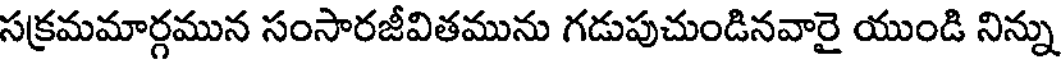
సక్రమమార్గమున సంసారజీవితమును గడుపుచుండినవారై యుండి నిన్ను